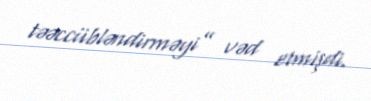
təəccübləndirməyi” vəd etmişdi.